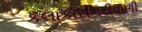
કલાકારીગરીવાળી